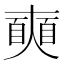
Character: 𡚐